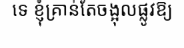
ទេ ខ្ញុំគ្រាន់តែចង្អុលផ្លូវឱ្យ